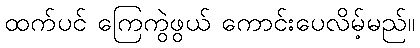
ထက်ပင် ကြေကွဲဖွယ် ကောင်းပေလိမ့်မည်။